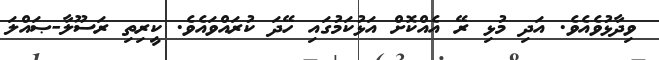
ވިދާޅުވެއެވެ. އަދި މުޅި ރޭ އެއްކޮށް އަޅުކަމުގައި ހޭދަ ކުރައްވައެވެ. ކީރިތި ރަސޫލާ-ޞައްލަ